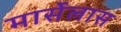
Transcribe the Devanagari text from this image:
मार्सेलास